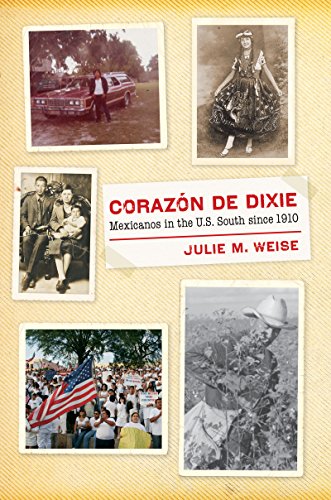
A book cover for CorazÃ³n de Dixie: Mexicanos in the U.S. South since 1910 (The David J. Weber Series in the New Borderlands History); Julie M. Weise; History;